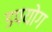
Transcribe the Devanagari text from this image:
डपयोग